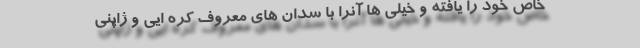
خاص خود را یافته و خیلی ها آنرا با سدان های معروف کره ایی و ژاپنی